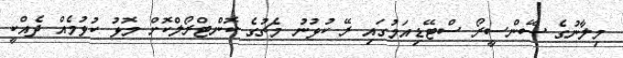
މިލާނުގެ ސޭންސީރޯ ސްޓޭޑިއަމުގައި ރޭ ކުޅުނު މެޗުގެ ކޮންޓްރޯލްކޮށް މޮޅު ކުޅުމެއް ދެއްކީ